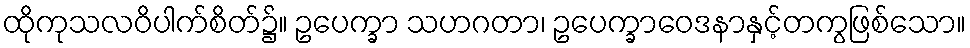
ထိုကုသလဝိပါက်စိတ်၌။ ဥပေက္ခာ သဟဂတာ၊ ဥပေက္ခာဝေဒနာနှင့်တကွဖြစ်သော။